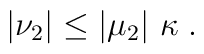
\left|\nu_2\right|\leq\left|\mu_2\right|\,\kappa \;.